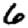
Digit: 6